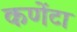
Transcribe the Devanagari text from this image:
कणेंटा